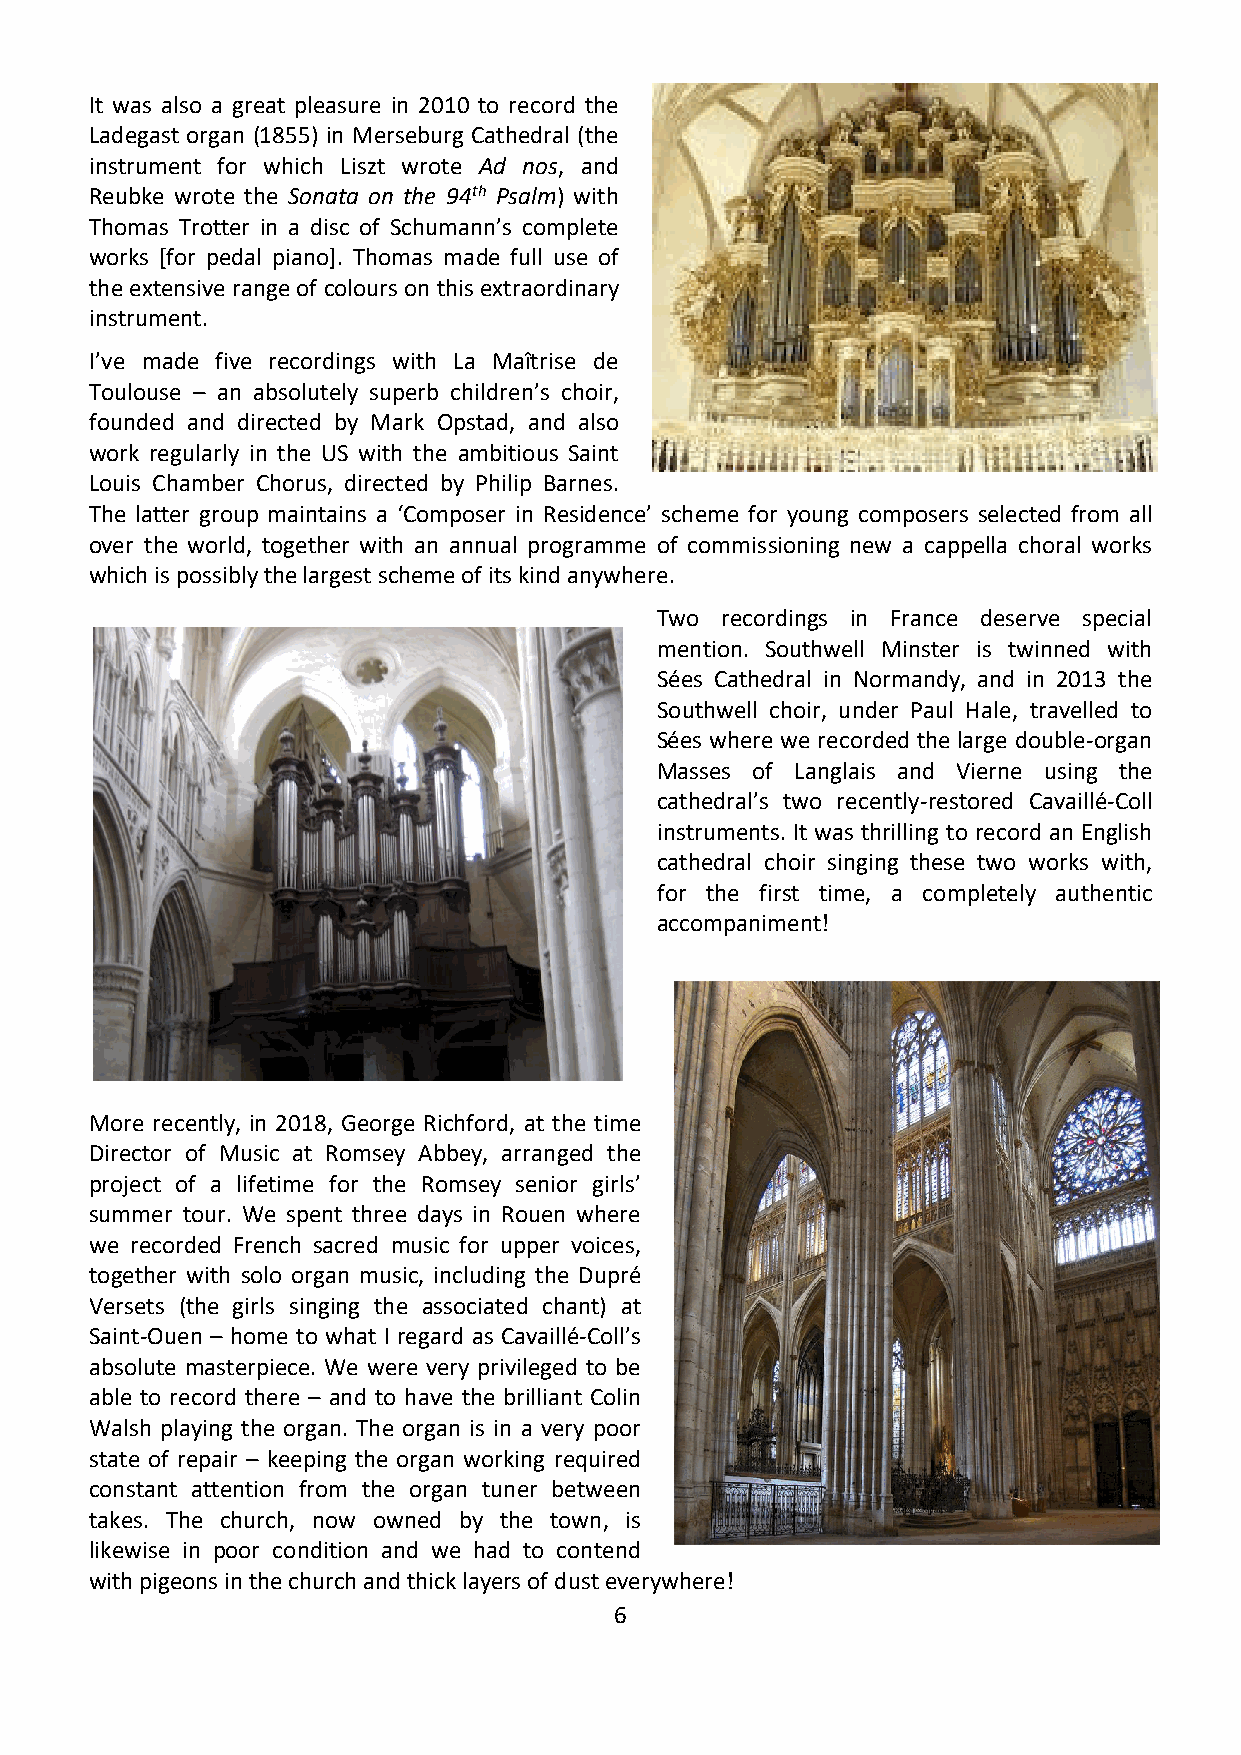
It was also a great pleasure in 2010 to record the
 Ladegast organ (1855) in Merseburg Cathedral (the
 instrument for which Liszt wrote Ad nos, and
 Reubke wrote the Sonata on the 94th Psalm) with
 Thomas Trotter in a disc of Schumann’s complete
 works [for pedal piano]. Thomas made full use of
 the extensive range of colours on this extraordinary
 instrument.
 I’ve made five recordings with La Maîtrise de
 Toulouse – an absolutely superb children’s choir,
 founded and directed by Mark Opstad, and also
 work regularly in the US with the ambitious Saint
 Louis Chamber Chorus, directed by Philip Barnes.
 The latter group maintains a ‘Composer in Residence’ scheme for young composers selected from all
 over the world, together with an annual programme of commissioning new a cappella choral works
 which is possibly the largest scheme of its kind anywhere.
 Two  recordings in France deserve special
 mention. Southwell Minster is twinned with
 Sées Cathedral in Normandy, and in 2013 the
 Southwell choir, under Paul Hale, travelled to
 Sées where we recorded the large double-organ
 Masses of Langlais and Vierne using the
 cathedral’s two recently-restored Cavaillé-Coll
 instruments. It was thrilling to record an English
 cathedral choir singing these two works with,
 for the first time, a completely authentic
 accompaniment!
 More recently, in 2018, George Richford, at the time
 Director of Music at Romsey Abbey, arranged the
 project of a lifetime for the Romsey senior girls’
 summer tour. We spent three days in Rouen where
 we recorded French sacred music for upper voices,
 together with solo organ music, including the Dupré
 Versets (the girls singing the associated chant) at
 Saint-Ouen – home to what I regard as Cavaillé-Coll’s
 absolute masterpiece. We were very privileged to be
 able to record there – and to have the brilliant Colin
 Walsh playing the organ. The organ is in a very poor
 state of repair – keeping the organ working required
 constant attention from the organ tuner between
 takes. The church, now owned by the town, is
 likewise in poor condition and we had to contend
 with pigeons in the church and thick layers of dust everywhere!
 6